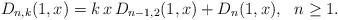
LaTeX: \begin{align*}D_{n,k}(1,x)&=k\,x\,D_{n-1,2}(1,x)+D_n(1,x), \,\,\,\,n\geq 1.\end{align*}